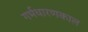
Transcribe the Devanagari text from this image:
गर्भधारणकाल